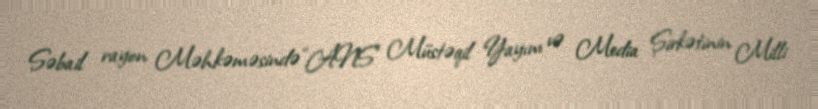
Səbail rayon Məhkəməsində “ANS” Müstəqil Yayım və Media Şirkətinin Milli